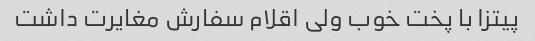
پیتزا با پخت خوب ولی اقلام سفارش مغایرت داشت